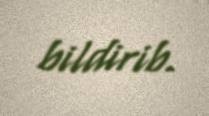
bildirib.